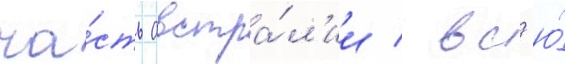
ча́сть австра́л'ии / вс'ю́